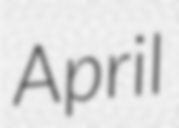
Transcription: April